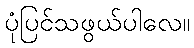
ပုံပြင်သဖွယ်ပါလေ။